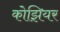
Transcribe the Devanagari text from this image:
कोझियर